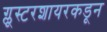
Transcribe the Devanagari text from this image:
ग्लूस्टरशायरकडून